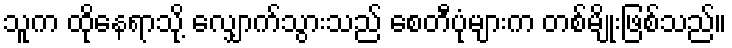
သူက ထိုနေရာသို့ လျှောက်သွားသည် စေတီပုံများက တစ်မျိုးဖြစ်သည်။